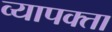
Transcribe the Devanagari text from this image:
व्यापक्ता